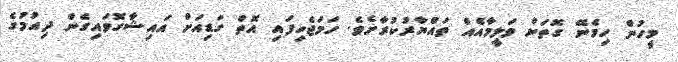
މީހުން ހިމެނޭ ގޮތަށް ވަލީމާއެއް ތައްޔާރުކުރާށެެވެ. ހަމަޖެހިފައި އޮތް ގަޑިއަށް އައިޝާގޮވައިގެން ދިއުމުގެ